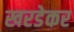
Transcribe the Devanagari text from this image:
खरडेकर